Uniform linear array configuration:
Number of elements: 4
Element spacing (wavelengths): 0.5
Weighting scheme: hamming
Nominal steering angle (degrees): -45
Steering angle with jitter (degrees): -45.985
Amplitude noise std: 0.05
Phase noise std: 0.05

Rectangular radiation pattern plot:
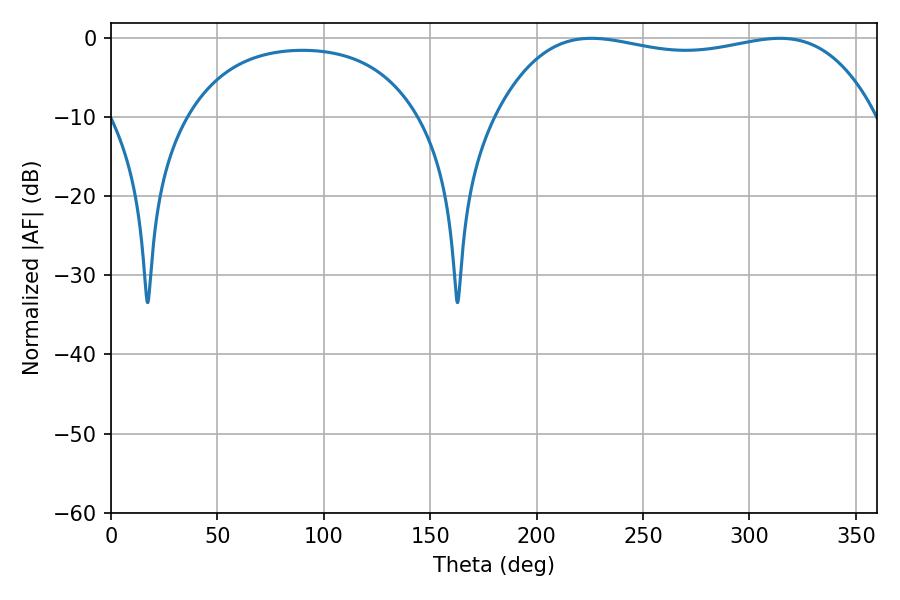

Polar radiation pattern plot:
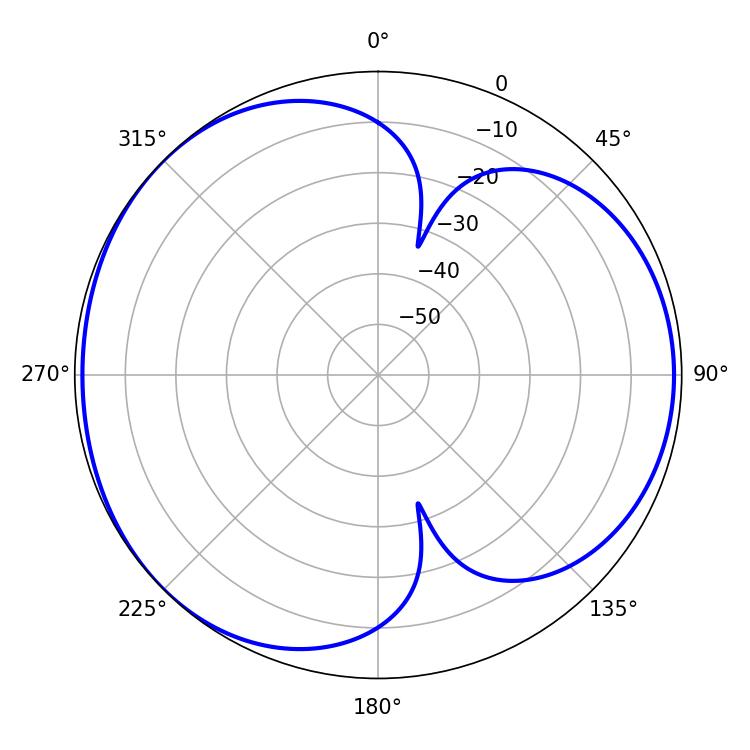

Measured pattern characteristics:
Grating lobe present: FALSE
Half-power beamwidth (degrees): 143.28
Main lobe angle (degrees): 225.72